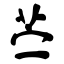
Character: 苎